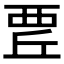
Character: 𧟬